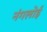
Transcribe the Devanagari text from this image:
नंगलोई